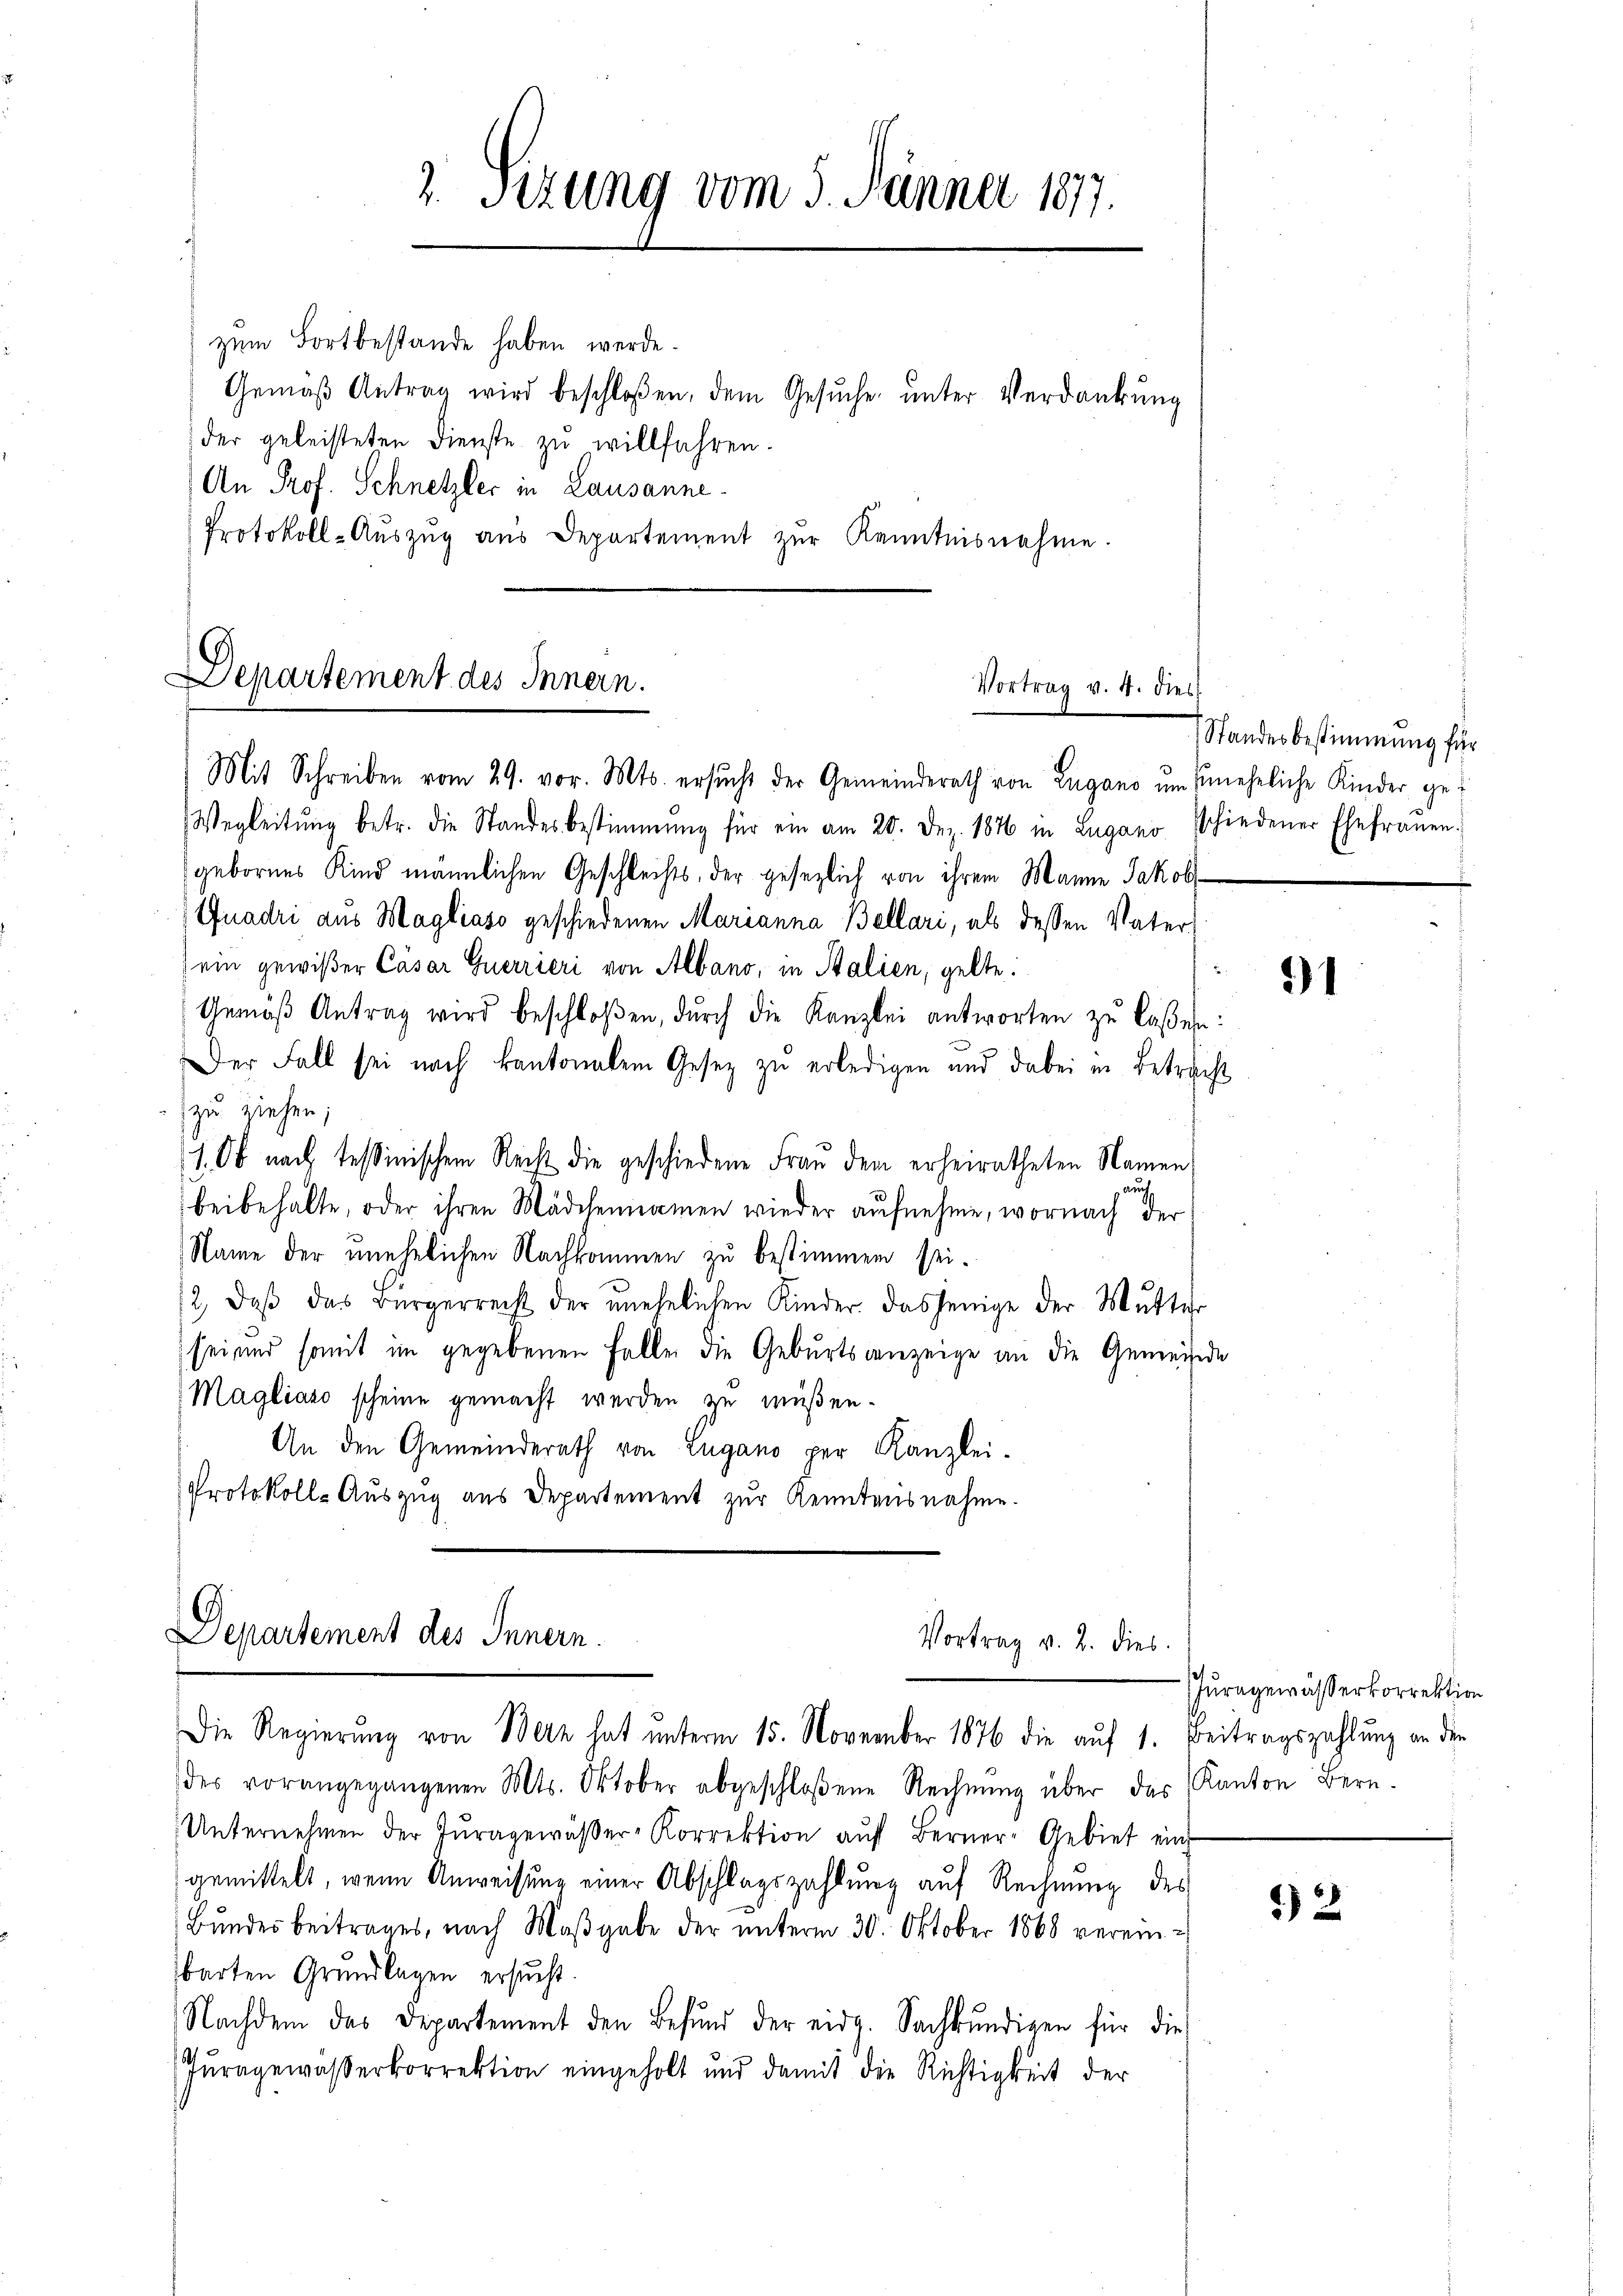
zum Fortbestande haben werde.
Gemäß Antrag wird beschloßen, dem Gesuche unter Verdankung
der geleisteten Dienste zŭ willfahren.
An Prof. Schnetzler in Lausanne
Protokoll-Aŭszŭg aŭs Departement zŭr Kenntnisnahme.

2. Sizung vom 5. Jänner 1877.

Mit Schreiben vom 29. vor. Mts. ersŭcht der Gemeinderath von Zugano um uneheliche Kinder ge¬
Wegleitŭng betr. die Standesbestimmung für ein am 20. Dez. 1876 in Zugano schiedener Ehefraŭen.
gebornes Kind männlichen Geschlechts, der gesezlich von ihrem Manne Jakob
Guadri aus Magliaso geschiedenen Marianna Bellari, als dessen Vater-
ein gewißer Cäsar Guerrieri von Albano, in Salien, gelte:
Gemäß Antrag wird beschloßen, durch die Kanzlei antworten zu laßen:
Der Fall sei nach kantonalem Gesetz zu erledigen und dabei in Betracht
zu ziehen;
s. Ob nach Tessinischem Recht die geschiedene Frau dem erheiratheten Namen
Auf
beibehalte, oder ihren Mädchennamen wieder aufnehme, wornach der
Name der unehelichen Nachkommen zu bestimmen sei.
/2, daβ das Bürgerrecht der unehelichen Kinder dasjenige der Mutter
sei und somit im gegebenen Falle die Geburtsanzeige an die Gemeinde
Magliaso scheine gemacht werden zu müßen.
An den Gemeinderath von Lugano per Kanzlei-
Protokoll-Auszug aus Departement zŭr Kenntnisnahme.

Departement des Innern.
Vortrag v. 4. dies

Departement des Innern.
Vortrag v. 2. dies

Die Regierung von Bern hat unterm 15. November 1876 die auf 1. Beitragszahlung an den
der vorangegangenen Mts. Oktober abgeschloßene Rechnŭng über das Kanton Bern.
Unternehmen der Juragewäβer-Korrektion aŭf Berner-Gebiet ein
gemittelt, wenn Anweisung einer Abschlagszahlung auf Rechnung des
Bŭndes beitrages, nach Maβgabe der ŭnterm 30. Oktober 1868 verein-
barten Grundlagen ersucht.
Nachdem das Departement den Befund der eidg. Sachkundigen für die
Jŭragewässerkorrektion eingeholt und damit die Richtigkeit der

Standesbestimmung für

1

Juragewässerkorrektion

) 2